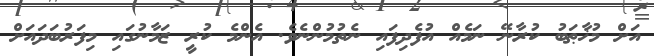
އަށް މުޚާޠަބު ކުރާނޭ ނަމެއް އުފެދިފައި ނެތުމުންނެވެ. އެންމެ ކުރީ ޒަމާނުގައި މިފަރުބަދައަށް